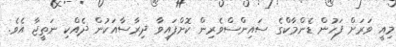
މިއީ ވަރަށް ފަހުން ޑެންމާކްގެ ސައިންސްވެރިން ކޮށްފައިވާ ދިރާސާއަކުން ދެއްކި ނަތީޖާ އެވެ.